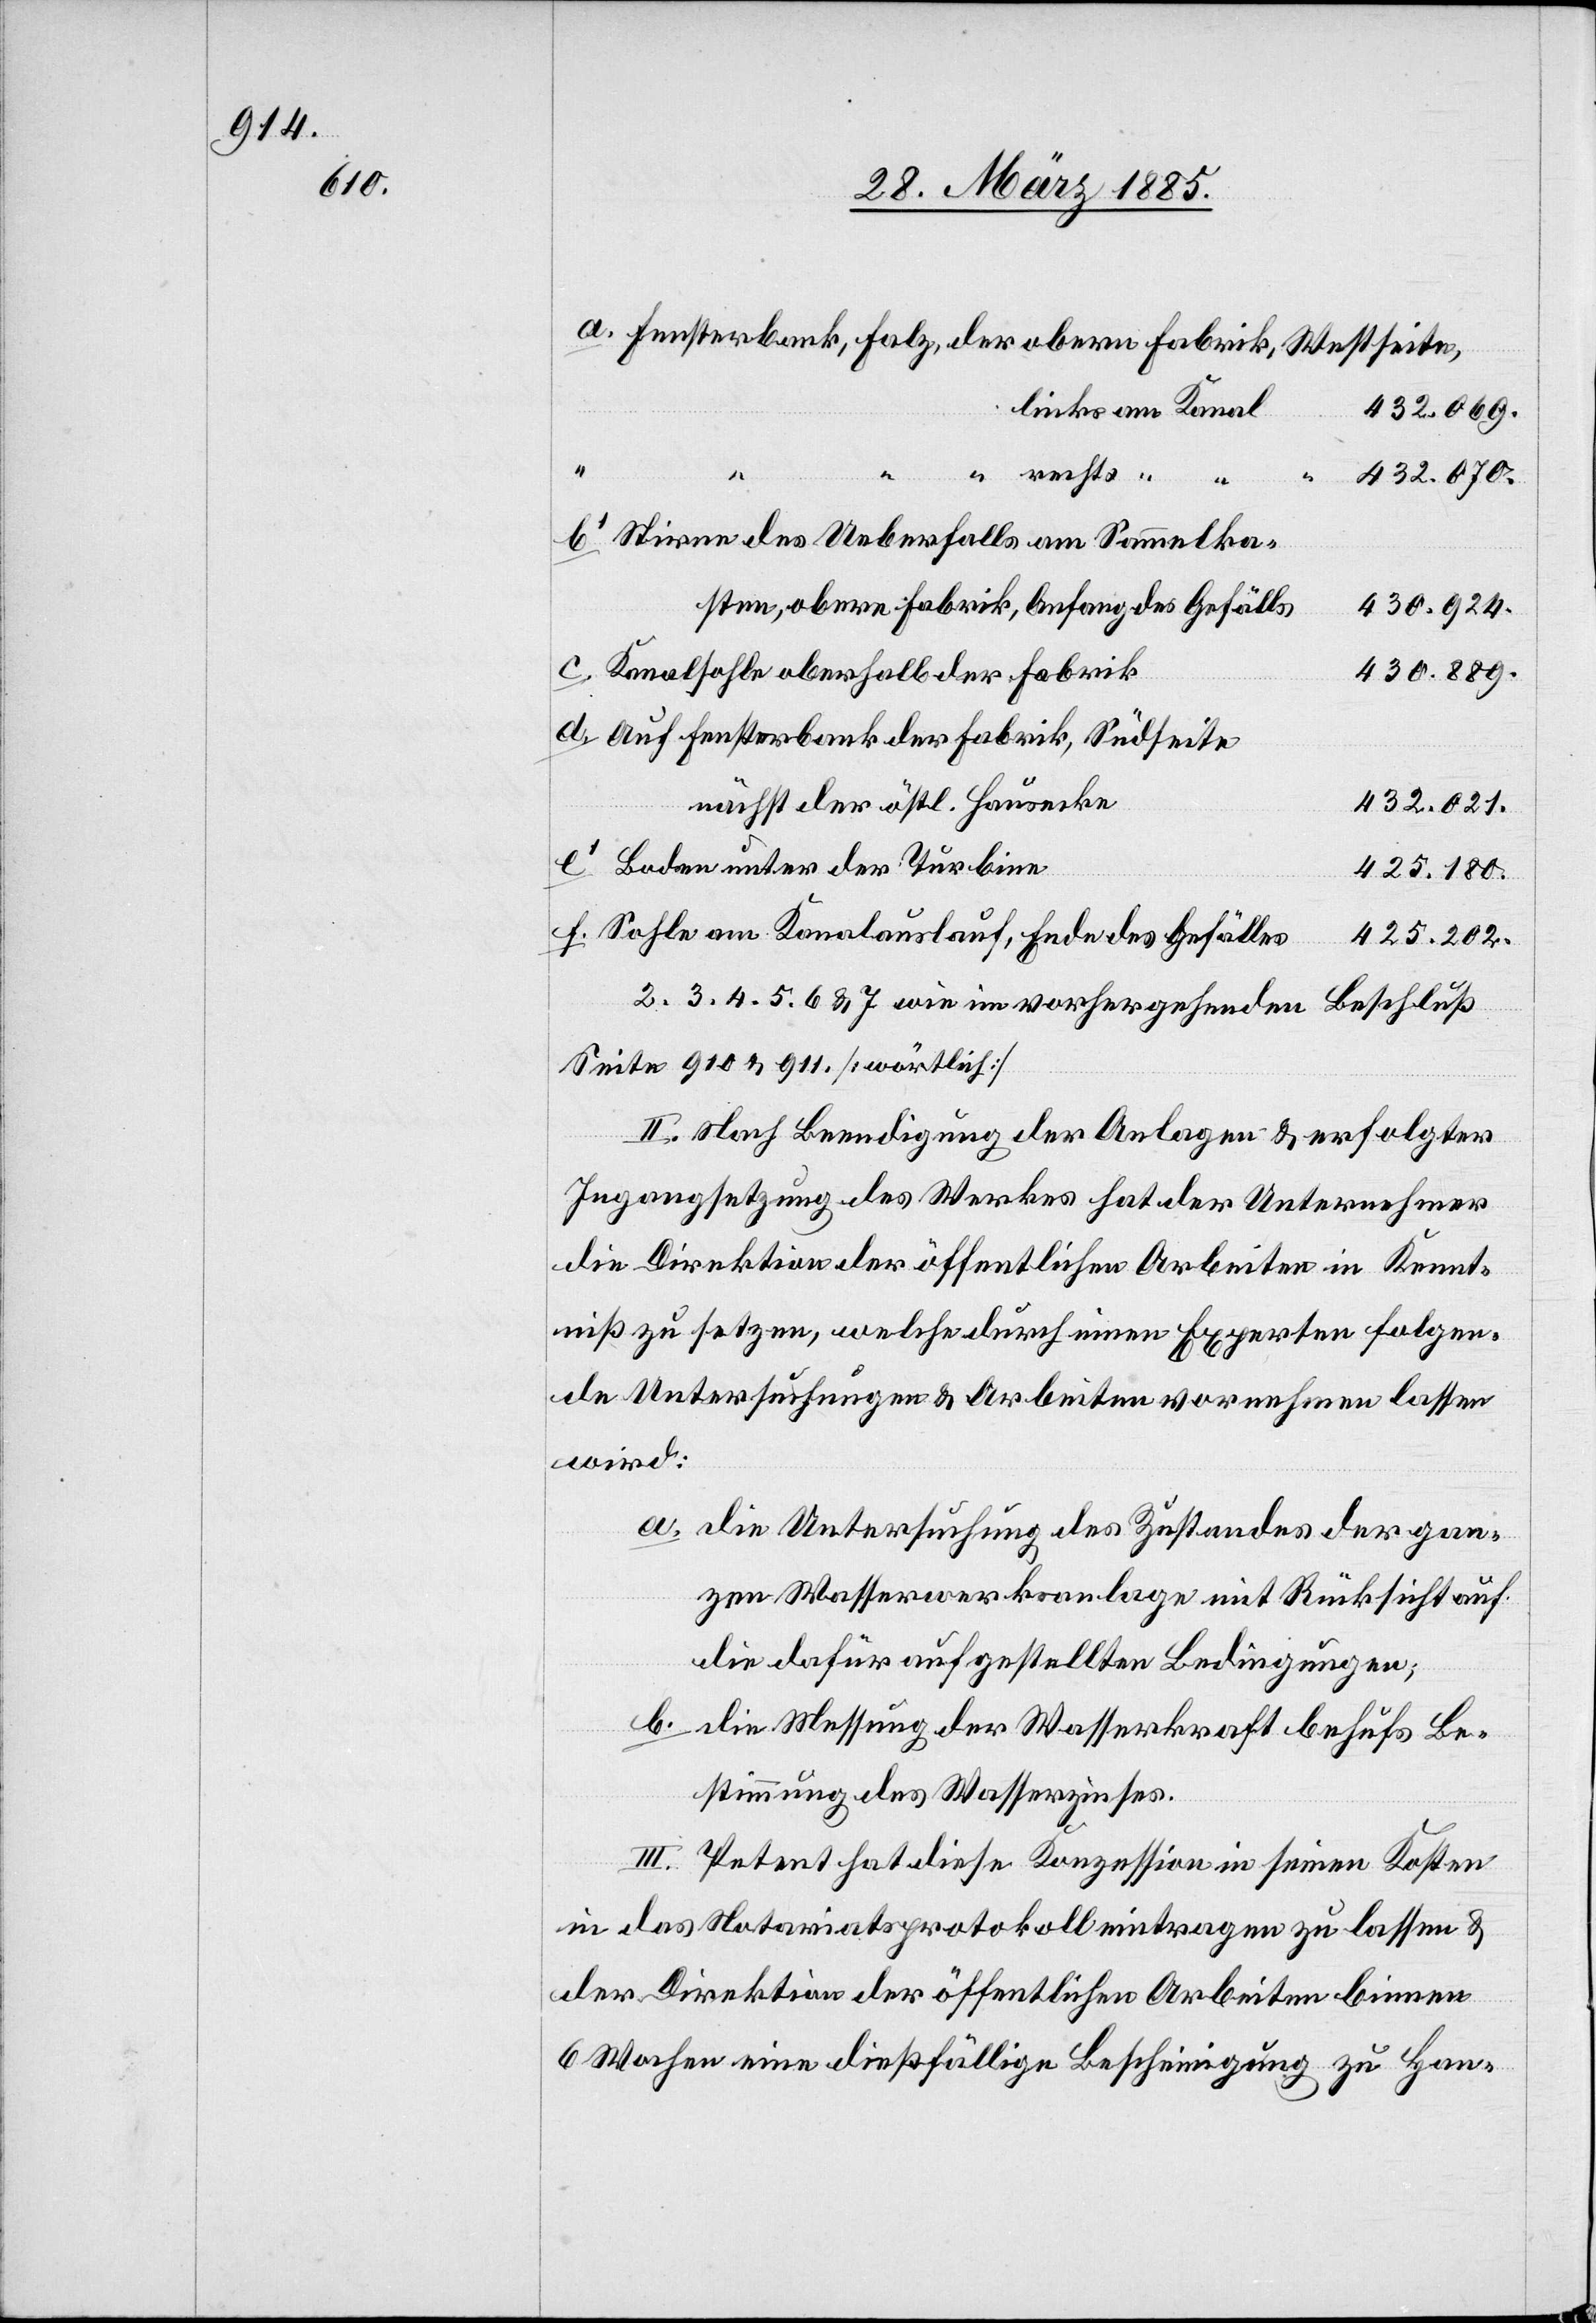
Fensterbank, Falz, der obern Fabrik, Westseite,
links am Kanal
432.069.
d.
“ “ rechts
“ “
432.070.
b1
Stirne des Ueberfalls am Sammelka¬
sten, obere Fabrik, Anfang des Gefälls
430.924.
Kanalsohle oberhalb der Fabrik
430.889.
Auf Fensterbank der Fabrik, Südseite,
nächst der östl. Hausecke
432.021.
Boden unter der Turbine
425.180.
Sohle am Kanalauslauf, Ende des Gefälles
425.202.
2. 3. 4. 5. 6.& 7 wie im vorhergehenden Beschluß
Seite 910 & 911 [wörtlich]
II. Nach Beendigung der Anlagen & erfolgter
Ingangsetzung des Werkes hat der Unternehmer
die Direktion der öffentlichen Arbeiten in Kennt¬
niß zu setzen, welche durch einen Experten folgen¬
de Untersuchungen & Arbeiten vornehmen lassen
wird:
a. die Untersuchung des Zustandes der gan¬
zen Wasserwerksanlage mit Rücksicht auf
die dafür aufgestellten Bedingungen;
b. die Messung der Wasserkraft behufs Be¬
stimmung des Wasserzinses.
III. Petent hat diese Konzession in seinen Kosten
in das Notariatsprotokoll eintragen zu lassen &
der Direktion der öffentlichen Arbeiten binnen
6 Wochen eine dießfällige Bescheinigung zu Han-